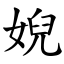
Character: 婗